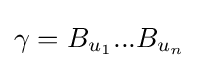
\gamma =B_{u_{1}}...B_{u_{n}}